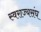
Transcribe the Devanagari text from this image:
स्वराज्यसंघ